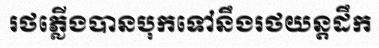
រថភ្លើងបានបុកទៅនឹងរថយន្តដឹក